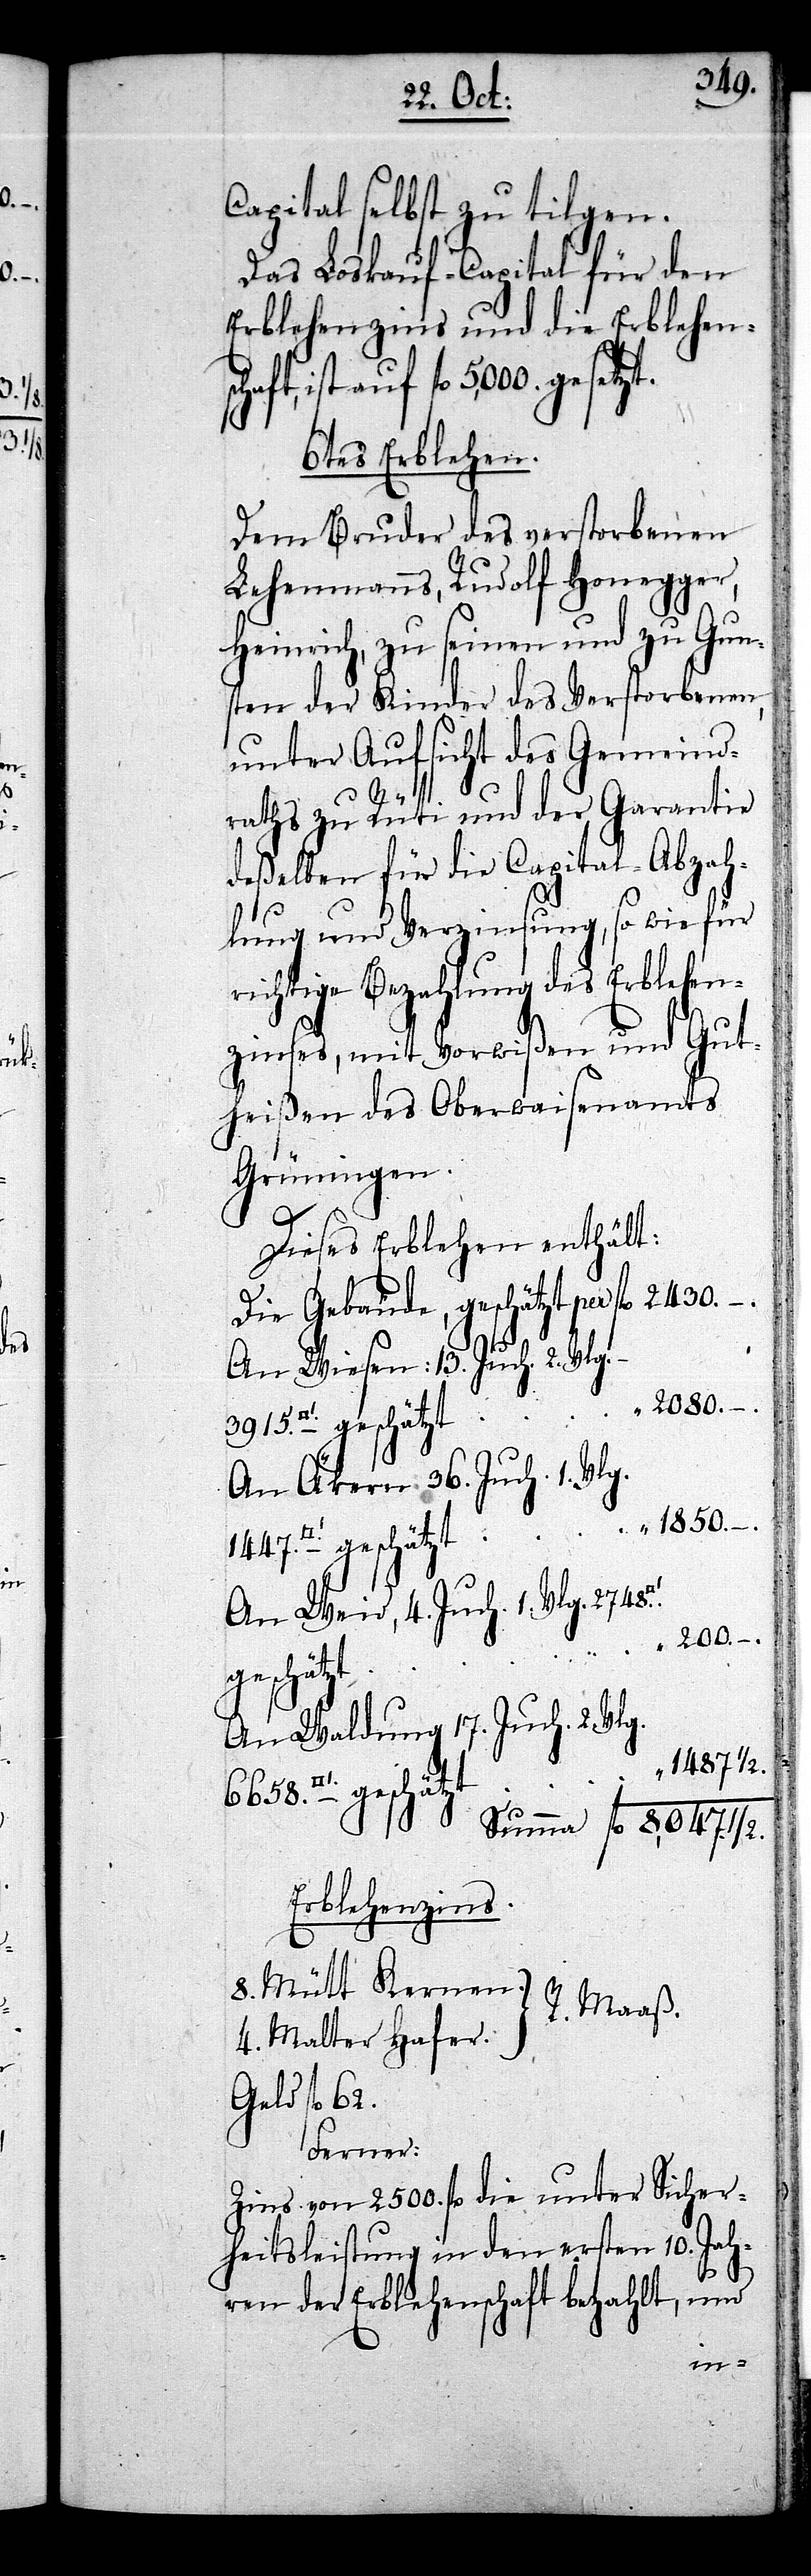
3915.
Capital selbst zu tilgen.
Das Loskauf-Capital für den
Erblehenzins und die Erblehen¬
ist auf fl. 5,000 gesetzt.
6tes Erblehen.
Dem Bruder des verstorbenen
Lehenmanns, Rudolf Honegger,
Heinrich, zu seinen und zu Gun¬
sten der Kinder des Verstorbenen,
unter Aufsicht des Gemeind¬
raths zu Rüti und der Garantie
deßelben für die Capital-Abzah¬
lung und Verzinsung, so wie für
richtige Bezahlung des Erblehen¬
zinses, mit Vorwißen und Gut¬
heißen des Oberwaisenamts
Grüningen.
Dieses Erblehen enthält:
Die Gebäude, geschätzt per
An Wiesen: 13. Juch. 2. Vlg.
An Äkern 36. Juch. 1. Vlg.
An Weid, 4. Juch. 1. Vlg.
“ 200. –.
geschätzt
An Waldung 17. Juch. 2. Vlg.
“ 1487 1/2.
fl
Erblehenzins.
8. Mütt Kernen.
R. Maaß.
4. Malter Hafer.
Geld fl 62.
Ferner:
Zins von 2500. fl die unter Sicher¬
heitsleistung in den ersten 10. Jah¬
ren der Erblehenschaft bezahlt, und